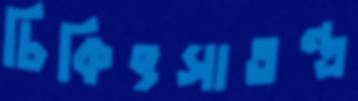
চিকিৎসাতন্ত্র